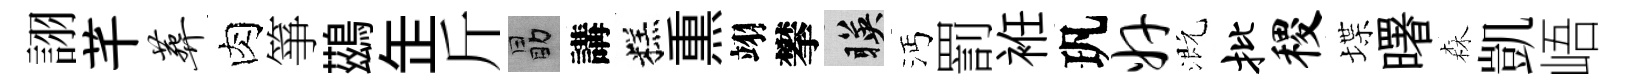
詡芊葬肉箏鷀𦈢斤勗講糕𤋱翊攀暎沔罰袵㺬奸溉批稷堞曙森凱峿